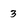
Character: 3